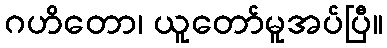
ဂဟိတော၊ ယူတော်မူအပ်ပြီ။